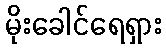
မိုးခေါင်ရေရှား